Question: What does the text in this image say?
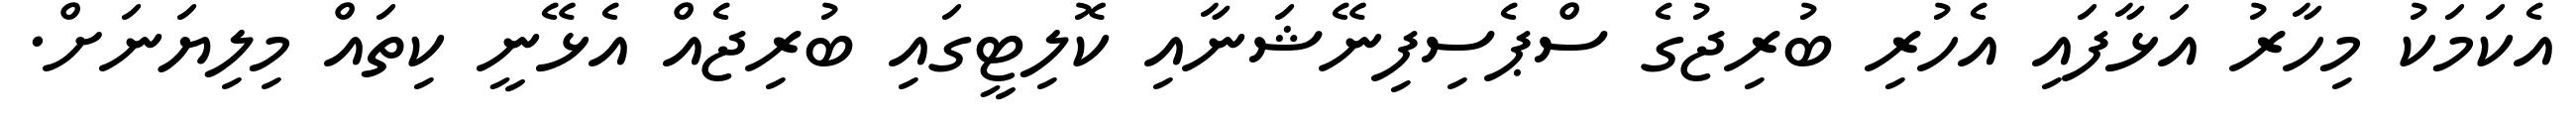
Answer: އެކަމަކު މިހާރު އަޅާފައި އެހުރި ބުރިޖުގެ ސްޕެސިފިނޭޝަނާއި ކޮލިޓީގައި ބުރިޖެއް އެޅޭނީ ކިތައް މިލިޔަނަށް.